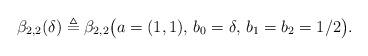
LaTeX: \begin{align*}\beta_{2,2}(\delta) \triangleq \beta_{2,2}\bigl(a=(1,1), \,b_0=\delta, \,b_1=b_2=1/2\bigr).\end{align*}